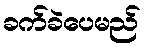
ခက်ခဲပေမည်